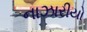
નાઝારીયો